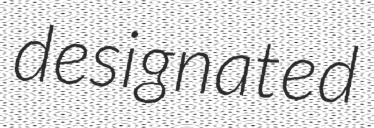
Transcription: designated